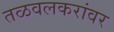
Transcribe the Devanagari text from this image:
तळवलकरांवर